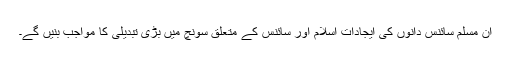
ان مسلم سائنس دانوں کی ایجادات اسلام اور سائنس کے متعلق سونچ میں بڑی تبدیلی کا مواجب بنیں گے۔